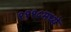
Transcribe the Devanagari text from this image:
१११५मध्ये